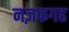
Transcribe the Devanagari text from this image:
नज़फगढ